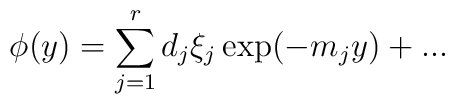
\phi (y)=\sum_{j=1}^{r}d_{j}\xi _{j}\exp (-m_{j}y)+...